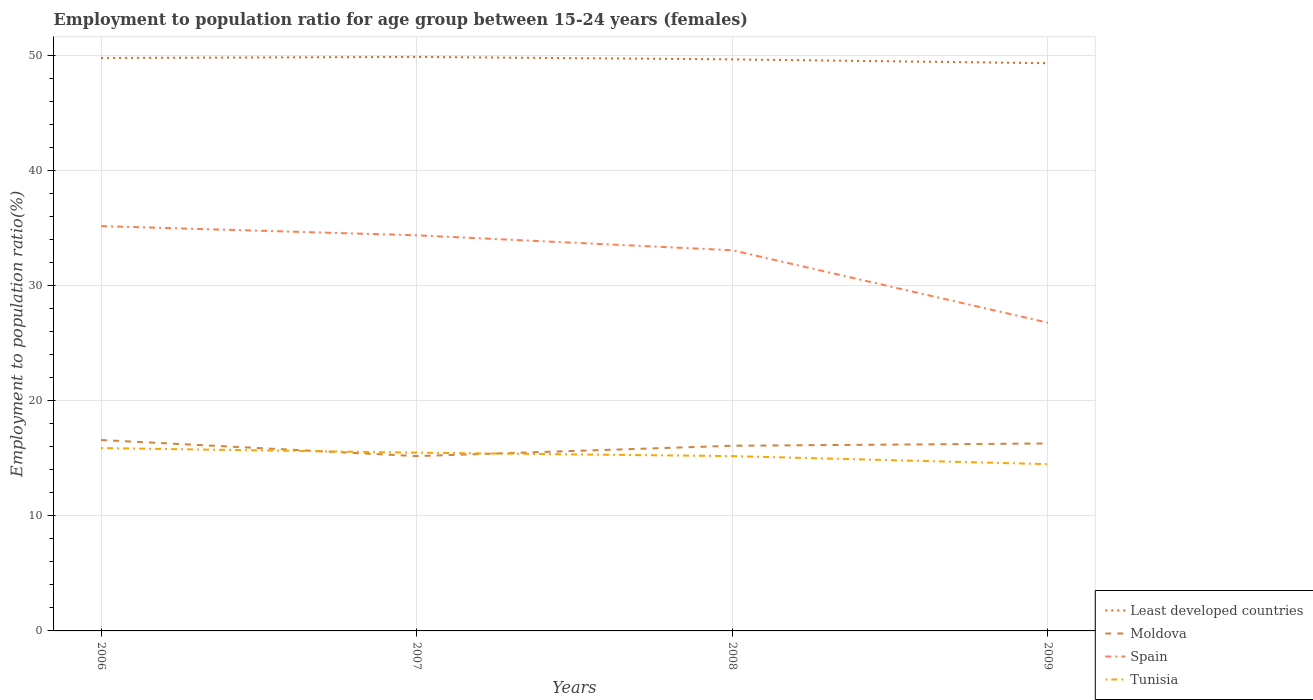
| Years | Least developed countries | Moldova | Spain | Tunisia |
 | --- | --- | --- | --- | --- |
 | 2006 | 49.8 | 16.6 | 35.2 | 15.9 |
 | 2007 | 49.9 | 15.2 | 34.4 | 15.5 |
 | 2008 | 49.7 | 16.1 | 33.1 | 15.2 |
 | 2009 | 49.4 | 16.3 | 26.8 | 14.5 |